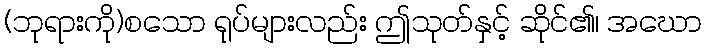
(ဘုရားကို)စသော ရုပ်များလည်း ဤသုတ်နှင့် ဆိုင်၏၊ အဃော